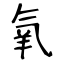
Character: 氧